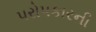
પરોપકારની